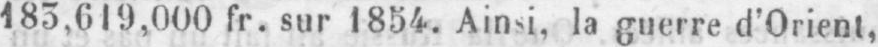
183,019,000 fr. sur 1854. Ainsi, la guerre d’Orient,